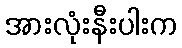
အားလုံးနီးပါးက